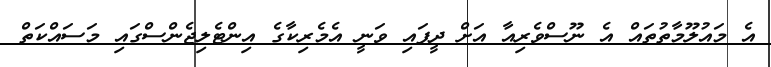
އެ މައުލޫމާތުތައް އެ ނޫސްވެރިއާ އަށް ދީފައި ވަނީ އެމެރިކާގެ އިންޓެލިޖެންސްގައި މަސައްކަތް